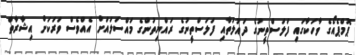
ޕޮމްޕެއޯގެ ވާހަކާގައި ފަލަސްތީނުގެ ދައުލަތާއި ފަލަސްތީނުގެ ރައްޔިތުންގެ މައްސަލައަށް އެއްވެސް ވަރަކަށް އިޝާރާތް